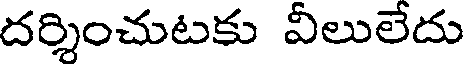
దర్శించుటకు వీలులేదు